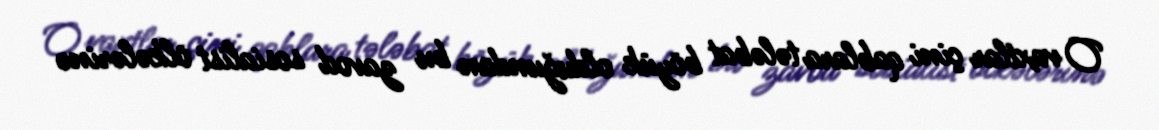
O vaxtlar çini qablara tələbat böyük olduğundan bu zavod sosialist ölkələrinə